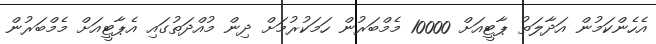
އެހެންކަމުން އަދާލަތު ޕާޓީއަށް 10000 މެމްބަރުން ހަމަކުރުމަށް ދިން މުއްދަތުގައި އެޕާޓީއަށް މެމްބަރުން